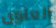
العلوى